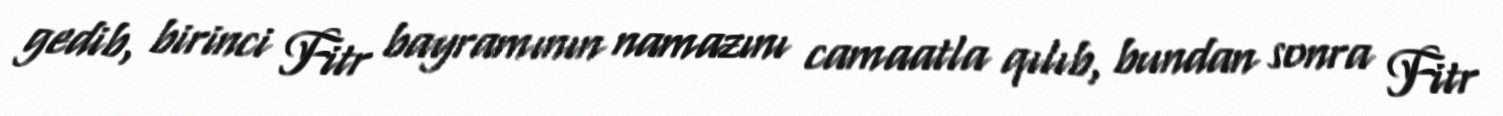
gedib, birinci Fitr bayramının namazını camaatla qılıb, bundan sonra Fitr